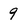
Character: 9